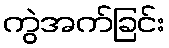
ကွဲအက်ခြင်း